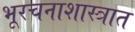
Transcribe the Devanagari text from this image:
भूरचनाशास्त्रात